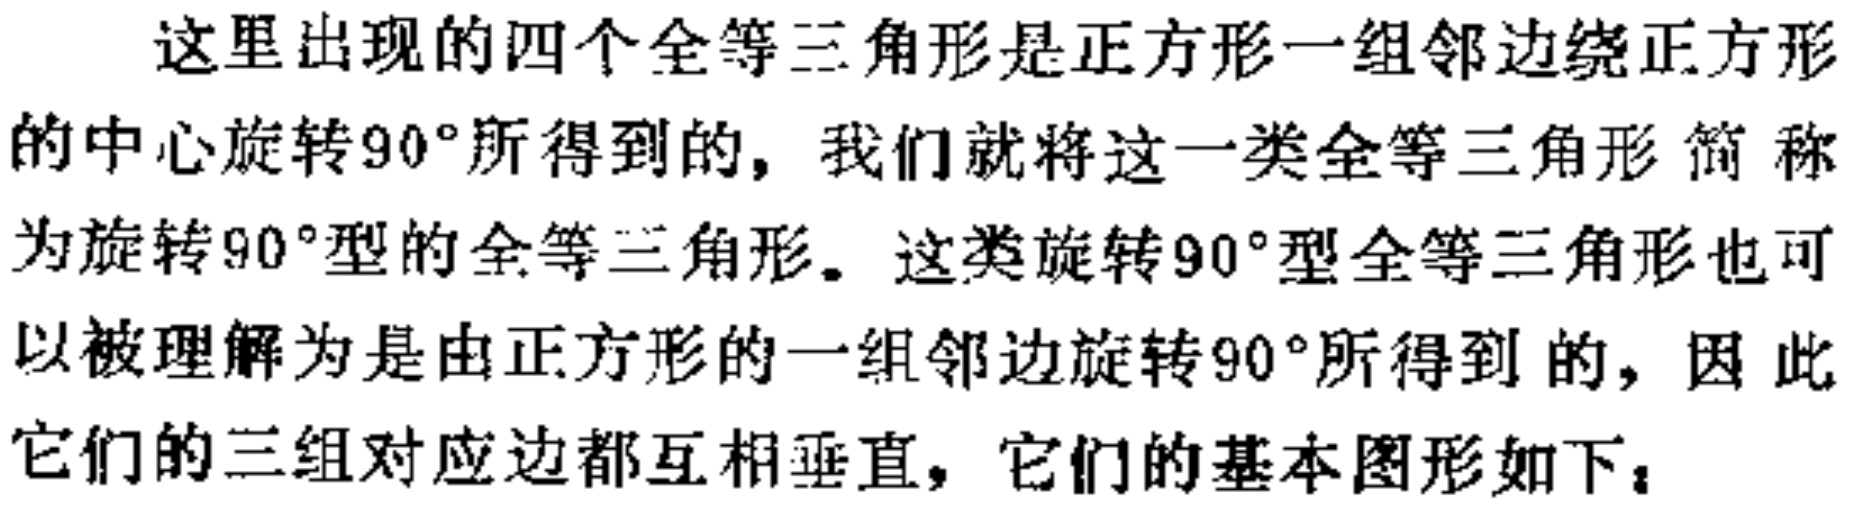
这里出现的四个全等三角形是正方形一组邻边绕正方形的中心旋转$90^{\circ}$所得到的，我们就将这一类全等三角形简称为旋转$90^{\circ}$型的全等三角形。这类旋转$90^{\circ}$型全等三角形也可以被理解为是由正方形的一组邻边旋转$90^{\circ}$所得到的，因此它们的三组对应边都互相垂直，它们的基本图形如下：